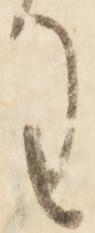
わ